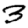
Digit: 3